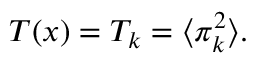
T ( x ) = T _ { k } = \langle \pi _ { k } ^ { 2 } \rangle .